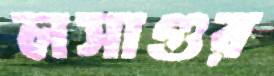
লসাগুর